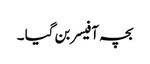
بچہ آفیسر بن گیا ۔